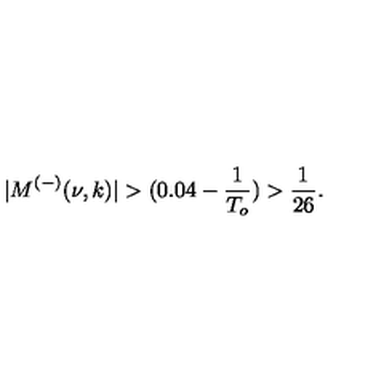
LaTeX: | M ^ { ( - ) } ( \nu , k ) | > ( 0 . 0 4 - \frac { 1 } { T _ { o } } ) > \frac { 1 } { 2 6 } .